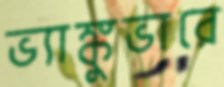
ভ্যাঙ্কুভারে